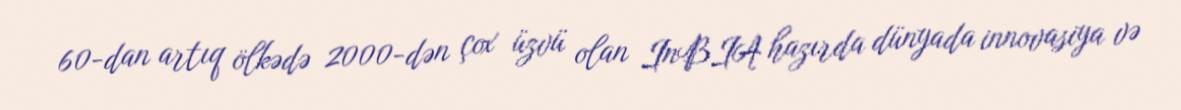
60-dan artıq ölkədə 2000-dən çox üzvü olan InBIA hazırda dünyada innovasiya və